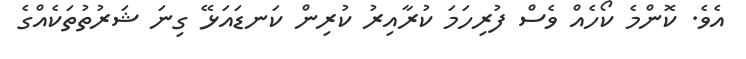
އެވެ. ކޮންމެ ކޯހެއް ވެސް ފުރިހަމަ ކުރާއިރު ކުރިން ކަނޑައަޅޭ ގިނަ ޝަރުތުތަކެއްގެ